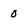
Character: O